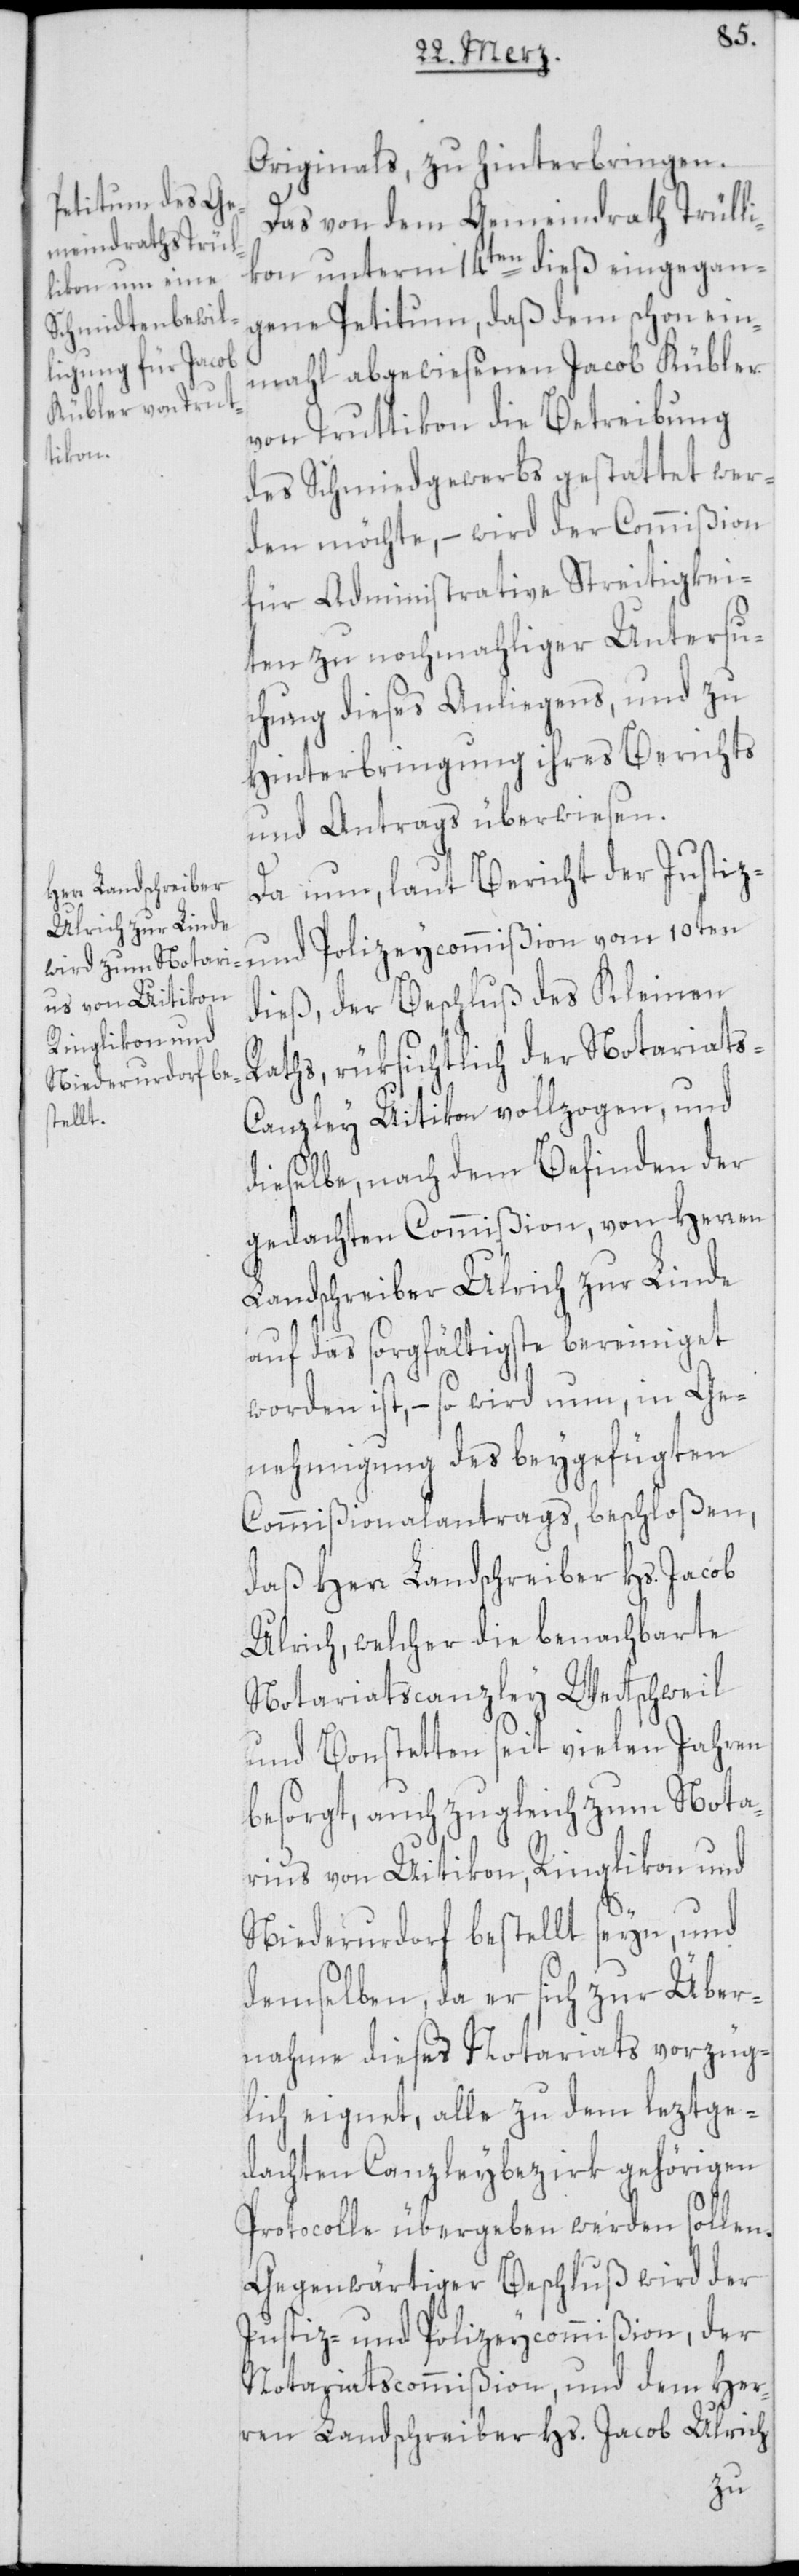
Originals, zu hinterbringen.
Das von dem Gemeindrath Trülli¬
kon unterm 14ten dieß eingegan¬
gene Petitum, daß dem schon ein¬
mahl abgewiesenen Jacob Kübler
von Truttikon die Betreibung
des Schmiedgewerbs gestattet wer¬
den möchte, – wird der Commißion
für Administrative Streitigkei¬
ten zu nochmahliger Untersu¬
chung dieses Anliegens, und zu
Hinterbringung ihres Berichts
und Antrags überwiesen.
Da nun, laut Bericht der Justiz-
und Polizeycommißion vom 10ten
dieß, der Beschluß des Kleinen
Raths, rüksichtlich der Notariats-C¬
anzley Uitikon vollzogen, und
dieselbe, nach dem Befinden der
gedachten Commißion, von Herren
Landschreiber Ulrich zur Linde
auf das sorgfältigste bereiniget
worden ist, – so wird nun, in Ge¬
nehmigung des beygefügten
Commißionalantrags, beschloßen,
daß Herr Landschreiber Hs. Jacob
Ulrich, welcher die benachbarte
Notariatscanzley Wettschweil
und Bonstetten seit vielen Jahren
besorgt, auch zugleich zum Nota¬
rius von Uitikon, Ringlikon und
Niederurdorf bestellt seyn, und
demselben, da er sich zur Über¬
nahme dieses Notariats vorzüg¬
lich eignet, alle zu dem leztge¬
dachten Canzleybezirk gehörigen
Protocolle übergeben werden sollen.
Gegenwärtiger Beschluß wird der
Justiz- und Polizeycommißion, der
Notariatscommißion, und dem Her¬
ren Landschreiber Hs. Jacob Ulrich